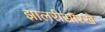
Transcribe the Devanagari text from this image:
झालरीसारखे